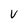
Character: V